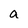
Character: a